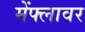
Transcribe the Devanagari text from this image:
मेंफ्लावर